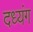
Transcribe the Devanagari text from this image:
दध्यंग